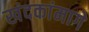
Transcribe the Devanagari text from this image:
खंदकांमागे